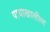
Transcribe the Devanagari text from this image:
पायाखालील